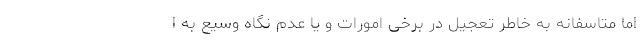
اما متاسفانه به خاطر تعجیل در برخی امورات و یا عدم نگاه وسیع به ا